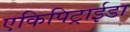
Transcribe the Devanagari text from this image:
एकिपिट्राईडा